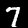
Digit: 7